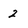
Character: 2